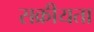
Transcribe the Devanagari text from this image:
सक्रीयता